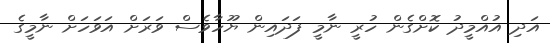
އަދި އުއްމީދު ކޮށްގެން ހުރީ ނާމީ ފަދައިން ޔޫހާވެސް ވަރަށް އަވަހަށް ނާމީގެ